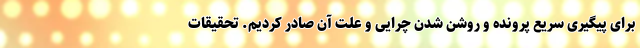
برای پیگیری سریع پرونده و روشن شدن چرایی و علت آن صادر کردیم. تحقیقات